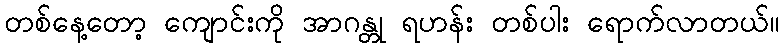
တစ်နေ့တော့ ကျောင်းကို အာဂန္တု ရဟန်း တစ်ပါး ရောက်လာတယ်။